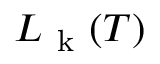
L _ { \mathrm { ~ k ~ } } ( T )